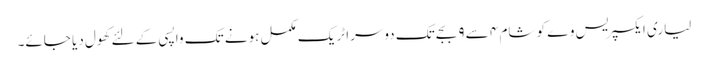
لیاری ایکسپریس وے کو شام ٤ سے ٩ بجے تک دوسرا ٹریک مکمل ہونے تک واپسی کے لئے کھول دیا جائے۔